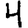
Digit: 4